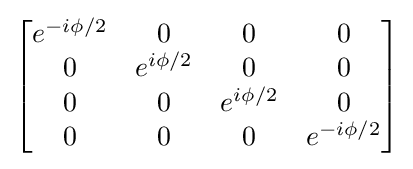
{\begin{bmatrix}e^{-i\phi /2}&0&0&0\\0&e^{i\phi /2}&0&0\\0&0&e^{i\phi /2}&0\\0&0&0&e^{-i\phi /2}\\\end{bmatrix}}